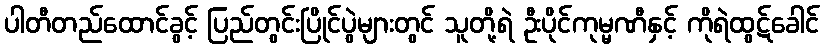
ပါတီတည်ထောင်ခွင့် ပြည်တွင်းပြိုင်ပွဲများတွင် သူတို့ရဲ ဦးပိုင်ကုမ္မဏီနှင့် ကိုရဲထွဋ်ခေါင်